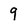
Character: 9